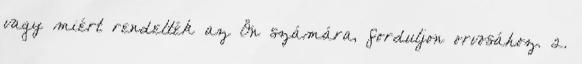
vagy miért rendelték az Ön számára, forduljon orvosához. 2.